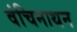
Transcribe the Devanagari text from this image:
वंचिनाथन